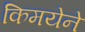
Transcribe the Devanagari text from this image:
किमयेने